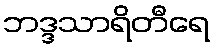
ဘဒ္ဒသာရိတီရေ